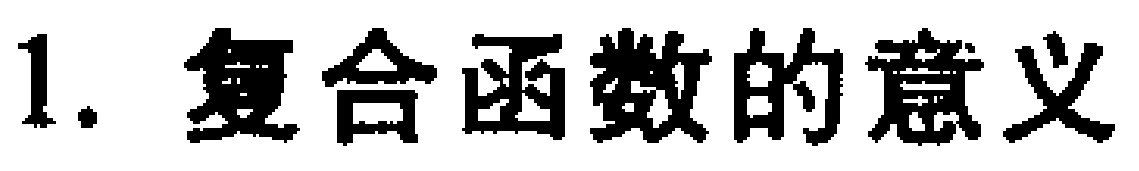
1. 复合函数的意义